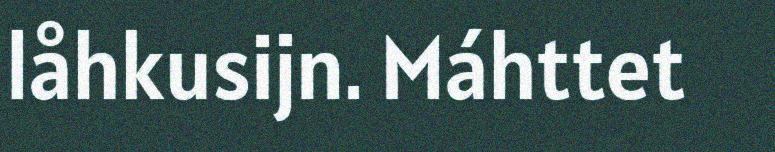
låhkusijn. Máhttet